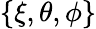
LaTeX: \{ \xi,\theta,\phi\}